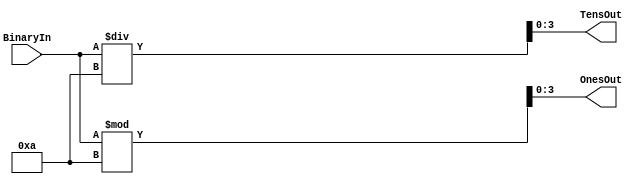
module twodigitdecoder (BinaryIn, OnesOut, TensOut);
	parameter bit = 5;
	input [bit-1:0] BinaryIn;
	output reg [3:0] OnesOut, TensOut;
	
	always @(BinaryIn)
		begin
			OnesOut = BinaryIn % 10;
			TensOut = BinaryIn / 10;
		end

endmodule